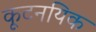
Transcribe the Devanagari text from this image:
कूटनयिक